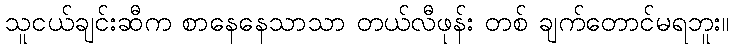
သူငယ်ချင်းဆီက စာနေနေသာသာ တယ်လီဖုန်း တစ် ချက်တောင်မရဘူး။